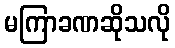
မကြာခဏဆိုသလို